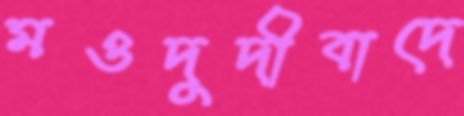
মওদুদীবাদে